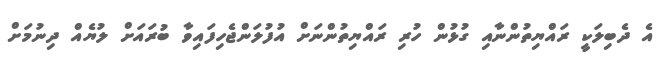
އެ ދެބިލަކީ ރައްޔިތުންނާއި ގުޅުން ހުރި ރައްޔިތުންނަށް އުފުލަންޖެހިފައިވާ ބުރައަށް ލުޔެއް ދިނުމަށް